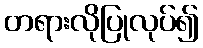
တရားလိုပြုလုပ်၍